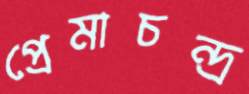
প্রেমাচন্দ্র